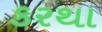
કરથા